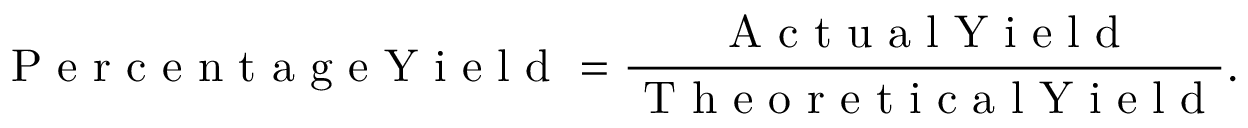
\mathrm { ~ P ~ e ~ r ~ c ~ e ~ n ~ t ~ a ~ g ~ e ~ Y ~ i ~ e ~ l ~ d ~ } = \frac { \mathrm { ~ A ~ c ~ t ~ u ~ a ~ l ~ Y ~ i ~ e ~ l ~ d ~ } } { \mathrm { ~ T ~ h ~ e ~ o ~ r ~ e ~ t ~ i ~ c ~ a ~ l ~ Y ~ i ~ e ~ l ~ d ~ } } .